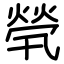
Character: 煢